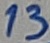
Text: 13